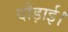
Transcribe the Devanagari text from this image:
दौड़ाई।